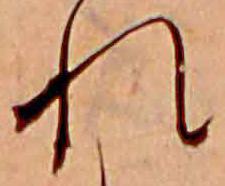
れ